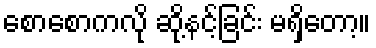
စောစောကလို ဆို့နင့်ခြင်း မရှိတော့။